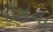
દોષના